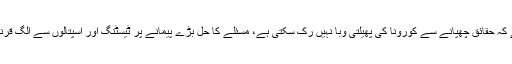
شہبازشریف نے کہا ہے کہ حقائق چھپانے سے کورونا کی پھیلتی وبا نہیں رک سکتی ہے، مسئلے کا حل بڑے پیمانے پر ٹیسٹنگ اور اسپتالوں سے الگ قرنطینہ سینٹرز کا قیام ہے۔